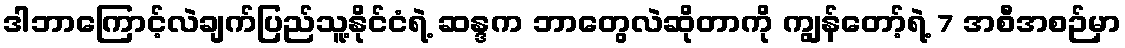
ဒါဘာကြောင့်လဲချက်ပြည်သူ့နိုင်ငံရဲ့ ဆန္ဒက ဘာတွေလဲဆိုတာကို ကျွန်တော့်ရဲ့ 7 အစီအစဉ်မှာ